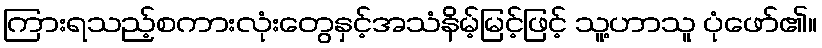
ကြားရသည့်စကားလုံးတွေနှင့်အသံနိမ့်မြင့်ဖြင့် သူ့ဟာသူ ပုံဖော်၏။